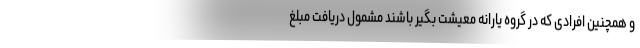
و همچنین افرادی که در گروه یارانه معیشت بگیر باشند مشمول دریافت مبلغ